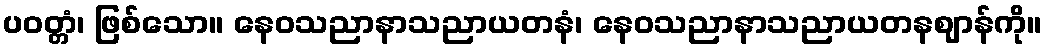
ပဝတ္တံ၊ ဖြစ်သော။ နေဝသညာနာသညာယတနံ၊ နေဝသညာနာသညာယတနဈာန်ကို။